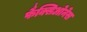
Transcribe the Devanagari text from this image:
फैक्सिओनेस